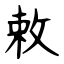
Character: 敕